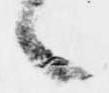
候